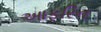
આફરિન